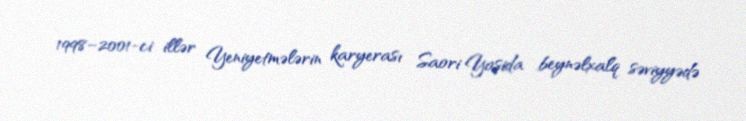
1998–2001-ci illər Yeniyetmələrin karyerası Saori Yoşida beynəlxalq səviyyədə